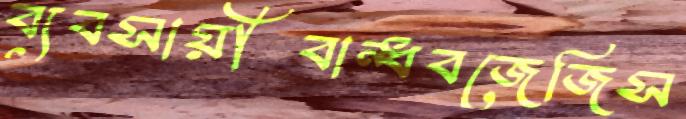
ব্যবসায়ীবান্ধবজেজিস